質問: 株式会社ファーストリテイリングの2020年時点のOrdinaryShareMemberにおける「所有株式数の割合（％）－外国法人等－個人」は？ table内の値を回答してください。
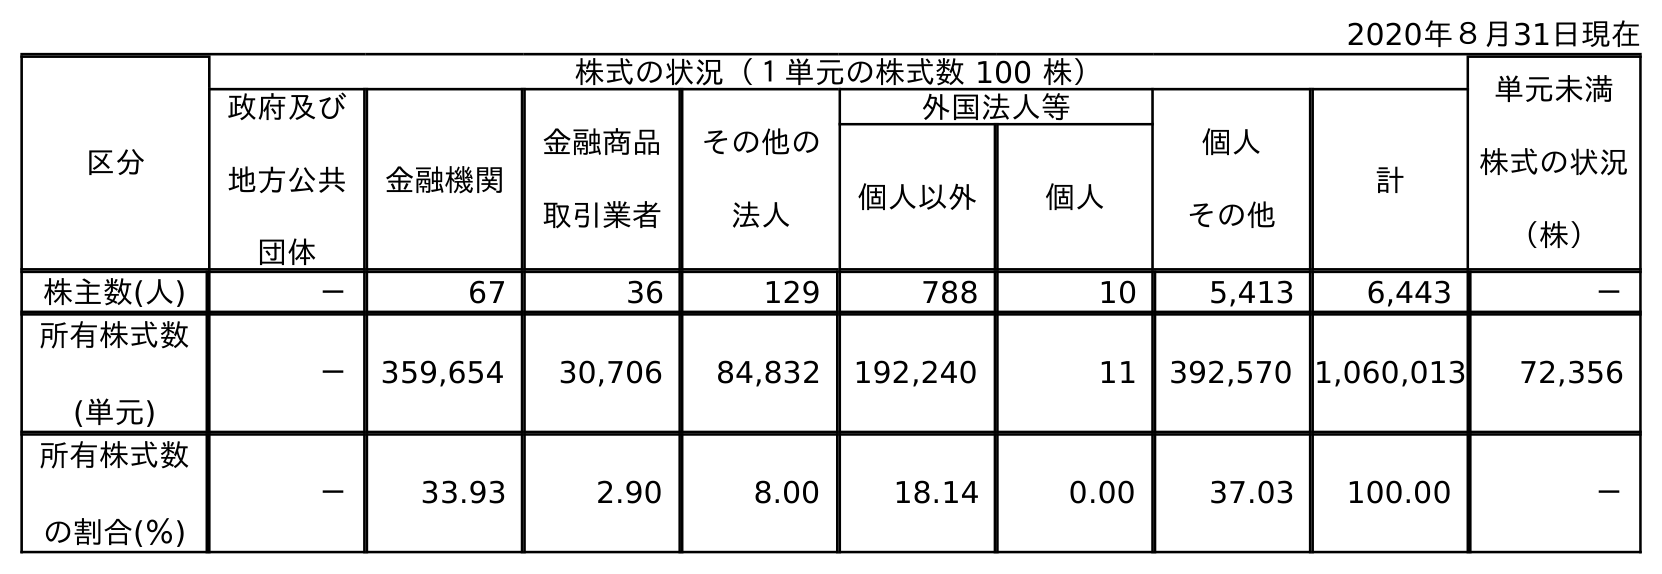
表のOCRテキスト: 2020年８月31日現在 区分 株式の状況（１単元の株式数 100 株） 単元未満 株式の状況 （株） 政府及び 地方公共 団体 金融機関 金融商品 取引業者 その他の 法人 外国法人等 個人 その他 計 個人以外 個人 株主数(人) － 67 36 129 788 10 5,413 6,443 － 所有株式数 (単元) － 359,654 30,706 84,832 192,240 11 392,570 1,060,013 72,356 所有株式数 の割合(％) － 33.93 2.90 8.00 18.14 0.00 37.03 100.00 －
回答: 0.00